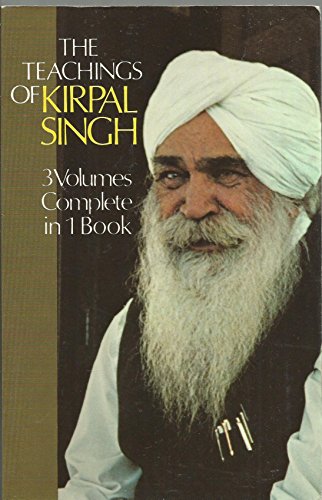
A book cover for The Teachings of Kirpal Singh: Three Volumes Complete in One Book; Kirpal Singh; Religion & Spirituality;